Civil Veterinary Department Bengal reports 1923-33 - 1923-1933
Year: 1923
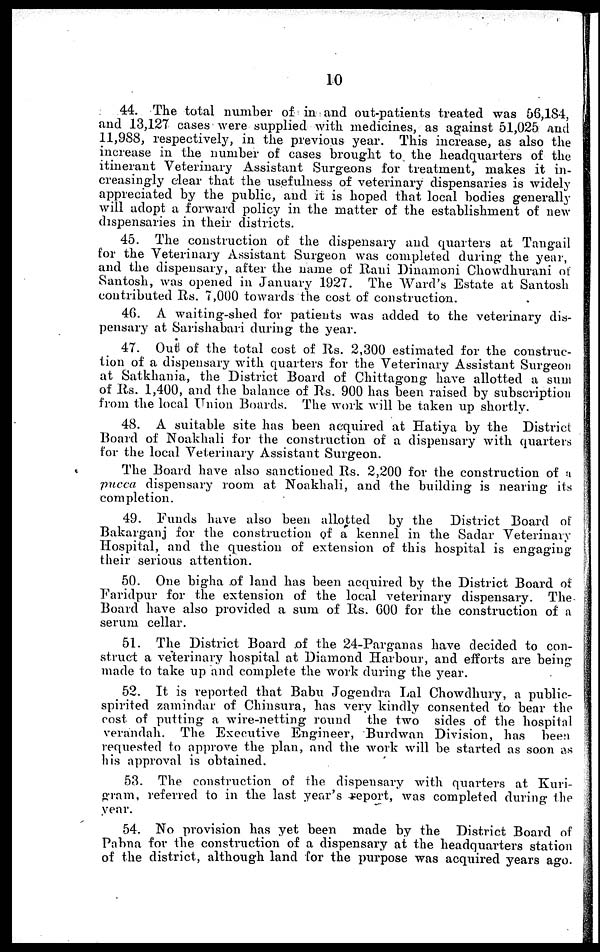
10
44. The total number of in and out-patients treated was 56,184,
and 13,127 cases were supplied with medicines, as against 51,025 and
11,988, respectively, in the previous year. This increase, as also the
increase in the number of cases brought to the headquarters of the
itinerant Veterinary Assistant Surgeons for treatment, makes it in-
creasingly clear that the usefulness of veterinary dispensaries is widely
appreciated by the public, and it is hoped that local bodies generally
will adopt a forward policy in the matter of the establishment of new
dispensaries in their districts.
45. The construction of the dispensary and quarters at Tangail
for the Veterinary Assistant Surgeon was completed during the year,
and the dispensary, after the name of Rani Dinamoni Chowdhurani of
Santosh, was opened in January 1927. The Ward's Estate at Santosh
contributed Rs. 7,000 towards the cost of construction.
46. A waiting-shed for patients was added to the veterinary dis-
pensary at Sarishabari during the year.
47. Out of the total cost of Rs. 2,300 estimated for the construc-
tion of a dispensary with quarters for the Veterinary Assistant Surgeon
at Satkhania, the District Board of Chittagong have allotted a sum
of Rs. 1,400, and the balance of Rs. 900 has been raised by subscription
from the local Union Boards. The work will be taken up shortly.
48. A suitable site has been acquired at Hatiya by the District
Board of Noakhali for the construction of a dispensary with quarters
for the local Veterinary Assistant Surgeon.
The Board have also sanctioned Rs. 2,200 for the construction of a
pucca dispensary room at Noakhali, and the building is nearing its
completion.
49. Funds have also been allotted by the District Board of
Bakarganj for the construction of a kennel in the Sadar Veterinary
Hospital, and the question of extension of this hospital is engaging
their serious attention.
50. One bigha ,of land has been acquired by the District Board of
Faridpur for the extension of the local veterinary dispensary. The
Board have also provided a sum of Rs. 600 for the construction of a
serum cellar.
51. The District Board of the 24-Parganas have decided to con-
struct a veterinary hospital at Diamond Harbour, and efforts are being
made to take up and complete the work during the year.
52. It is reported that Babu Jogendra Lal Chowdhury, a public-
spirited zamindar of Chinsura, has very kindly consented to bear the
cost of putting a wire-netting round the two sides of the hospital
verandah. The Executive Engineer, Burdwan Division, has been
requested to approve the plan, and the work will be started as soon as
his approval is obtained.
53. The construction of the dispensary with quarters at Kuri-
gram, referred to in the last year's report, was completed during the
year.
54. No provision has yet been made by the District Board of
Pabna for the construction of a dispensary at the headquarters station
of the district, although land for the purpose was acquired years ago.